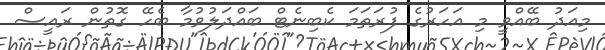
މިއަދު ބޭއްވީ މި އަހަރުގެ ފުރަތަމަ ކެބިނެޓް ބައްދަލުވުމާ ބެހޭ ގޮތުން ރައީސް